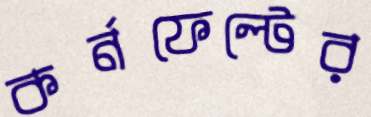
কর্নফেল্টের